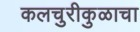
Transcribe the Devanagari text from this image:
कलचुरीकुळाचा